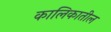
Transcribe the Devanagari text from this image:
कालिकातील